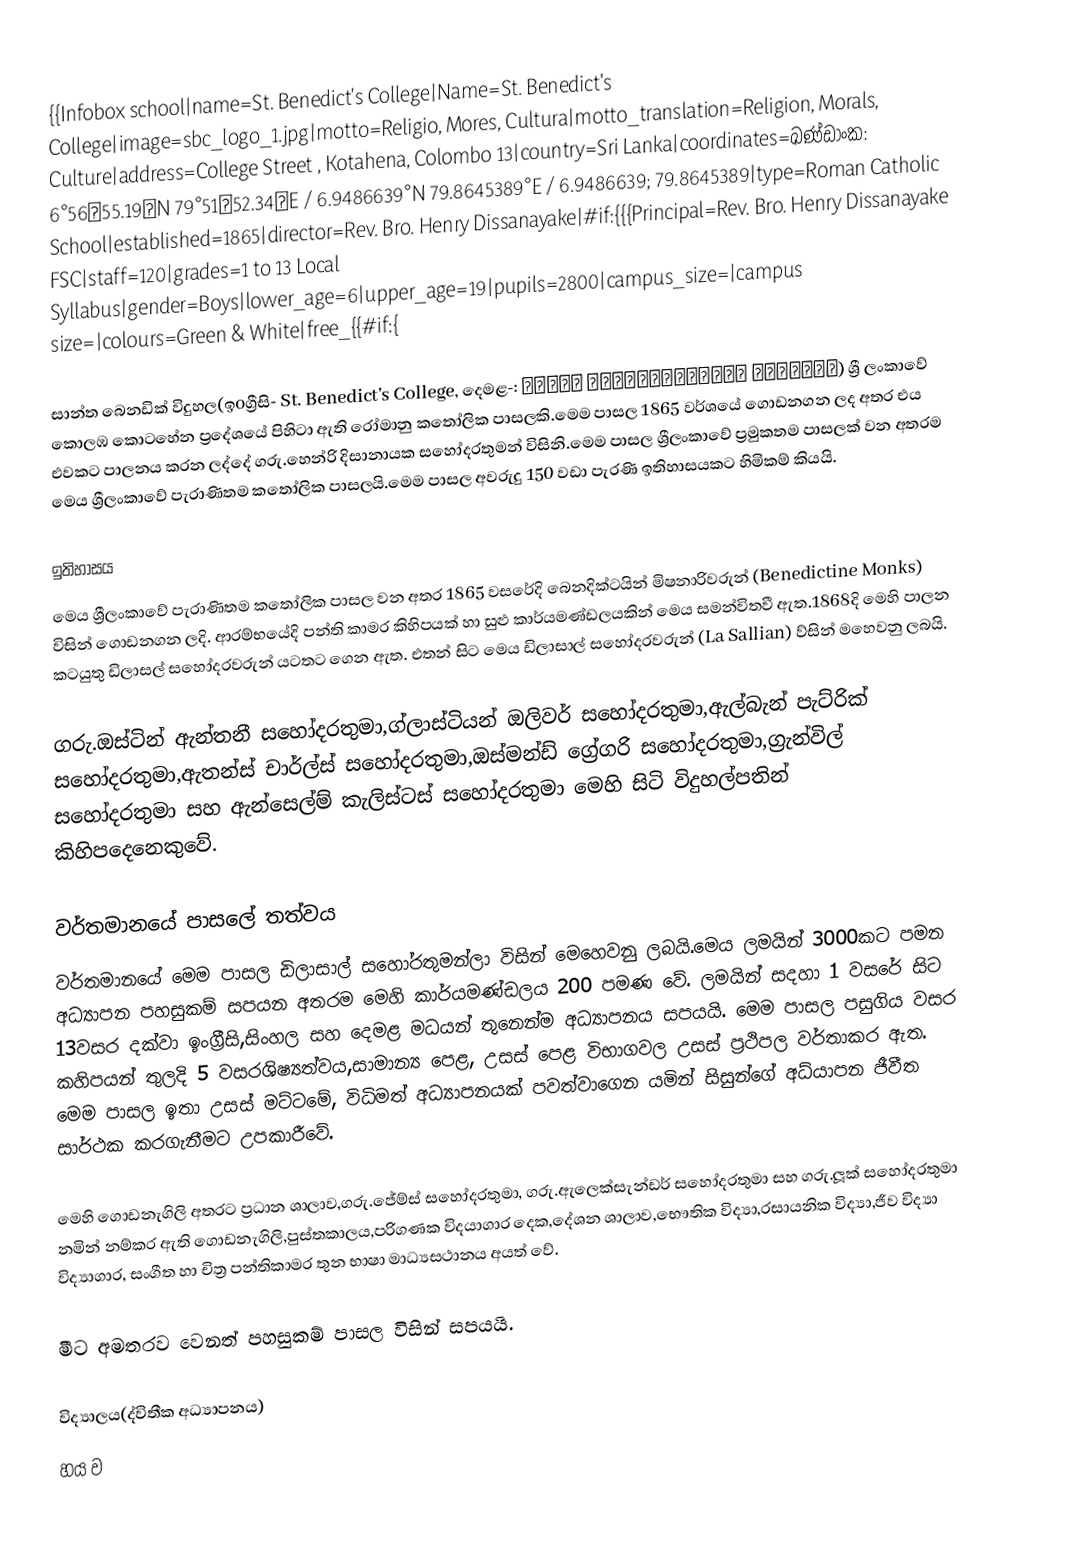
{{Infobox school|name=St. Benedict's College|Name=St. Benedict's College|image=sbc_logo_1.jpg|motto=Religio, Mores, Cultura|motto_translation=Religion, Morals, Culture|address=College Street , Kotahena, Colombo 13|country=Sri Lanka|coordinates=ඛණ්ඩාංක: 6°56′55.19″N 79°51′52.34″E﻿ / ﻿6.9486639°N 79.8645389°E﻿ / 6.9486639; 79.8645389|type=Roman Catholic School|established=1865|director=Rev. Bro. Henry Dissanayake|#if:{{{Principal=Rev. Bro. Henry Dissanayake FSC|staff=120|grades=1 to 13 Local Syllabus|gender=Boys|lower_age=6|upper_age=19|pupils=2800|campus_size=|campus size=|colours=Green & White|free_{{#if:{

සාන්ත බෙනඩික් විදුහල(ඉoග්‍රීසි- St. Benedict's College, දෙමළ-: புனித ஆசீர்வாதப்பர் கல்லூரி) ශ්‍රී ලංකාවේ කොලඹ කොටහේන ප්‍රදේශයේ පිහිටා ඇති රෝමානු කතෝලික පාසලකි.මෙම පාසල 1865 වර්ශයේ ගොඩනගන ලද අතර එය එවකට පාලනය කරන ලද්දේ ගරු.හෙන්රි දිසානායක සහෝදරතුමන් විසිනි.මෙම පාසල ශ්‍රීලංකාවේ ප්‍රමුකතම පාසලක් වන අතරම මෙය ශ්‍රීලංකාවේ පැරාණිතම කතෝලික පාසලයි.මෙම පාසල අවරුදු 150 වඩා පැරණි ඉතිහාසයකට හිමිකම් කියයි.

ඉතිහාසය
මෙය ශ්‍රීලංකාවේ පැරාණිතම කතෝලික පාසල වන අතර 1865 වසරේදි බෙනදික්ටයින් මිෂනාරිවරුන් (Benedictine Monks) විසින් ගොඩනගන ලදි. ආරම්භයේදි පන්ති කාමර කිහිපයක් හා සුළු කාර්යමණ්ඩලයකින් මෙය සමන්විතවී ඇත.1868දි මෙහි පාලන කටයුතු ඩිලාසල් සහෝදරවරුන් යටතට ගෙන ඇත. එතන් සිට මෙය ඩිලාසාල් සහෝදරවරුන් (La Sallian) ව්සින් මහෙවනු ලබයි.

ගරු.ඔස්ටින් ඇන්තනී සහෝදරතුමා,ග්ලාස්ටියන් ඔලිවර් සහෝදරතුමා,ඇල්බැන් පැට්රික් සහෝදරතුමා,ඇතන්ස් චාර්ල්ස් සහෝදරතුමා,ඔස්මන්ඩ් ග්‍රේගරි සහෝදරතුමා,ග්‍රැන්විල් සහෝදරතුමා සහ ඇන්සෙල්ම් කැලිස්ටස් සහෝදරතුමා මෙහි සිටි විදුහල්පතින් කිහිපදෙනෙකුවේ.

වර්තමානයේ පාසලේ තත්වය
වර්තමානයේ මෙම පාසල ඩිලාසාල් සහෝරතුමන්ලා විසින් මෙහෙවනු ලබයි.මෙය ලමයින් 3000කට පමන අධ්‍යාපන පහසුකම් සපයන අතරම මෙහි කාර්යමණ්ඩලය 200 පමණ වේ. ලමයින් සදහා 1 වසරේ සිට 13වසර දක්වා ඉංග්‍රීසි,සිංහල සහ දෙමළ මධයන් තුනෙන්ම අධ්‍යාපනය සපයයි. මෙම පාසල පසුගිය වසර කහිපයන් තුලදි 5 වසරශිෂ්‍යත්වය,සාමාන්‍ය පෙළ, උසස් පෙළ විභාගවල උසස් ප්‍රථිපල වර්තාකර ඇත. මෙම පාසල ඉතා උසස් මට්ටමේ, විධිමත් අධ්‍යාපනයක් පවත්වාගෙන යමින් සිසුන්ගේ අධ්යාපන ජීවීත සාර්ථක කරගැනීමට උපකාරීවේ.

මෙහි ගොඩනැගිලි අතරට ප්‍රධාන ශාලාව,ගරු.ජේම්ස් සහෝදරතුමා, ගරු.ඇලෙක්සැන්ඩර් සහෝදරතුමා සහ ගරු.ලූක් සහෝදරතුමා නමින් නම්කර ඇති ගොඩනැගිලි,පුස්තකාලය,පරිගණක විදයාගාර දෙක,දේශන ශාලාව,භෞතික විද්‍යා,රසායනික විද්‍යා,ජීව විද්‍යා විද්‍යාගාර, සංගීත හා චිත්‍ර පන්තිකාමර තුන භාෂා මාධ්‍යසථානය අයත් වේ.

මීට අමතරව වෙනත් පහසුකම් පාසල විසින් සපයයි.

විද්‍යාලය(ද්විතීක අධ්‍යාපනය)
හය ව